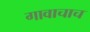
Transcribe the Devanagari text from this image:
गावाचाच